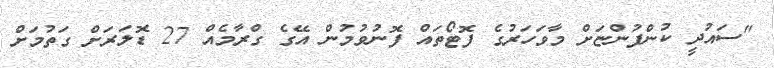
"ސައުދީ ކުންފުންޏަށް މާވަހަރުގެ ފޮޓޯތައް ފޮނުވުމުން އޭގެ ގްރާމެއް 27 ޑޮލަރަށް ގަތުމަށް